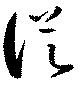
従